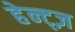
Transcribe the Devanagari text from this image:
हेन्ट्ज़